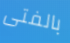
بالفتى